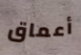
أعماق